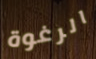
الرغوة